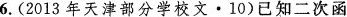
6.(2013年天津部分学校文·10)已知二次函